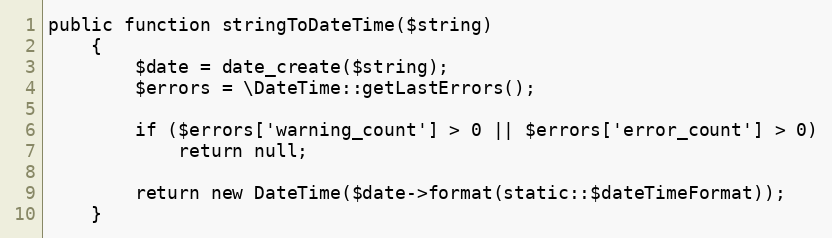
Language: PHP
public function stringToDateTime($string)
	{
		$date = date_create($string);
		$errors = \DateTime::getLastErrors();

		if ($errors['warning_count'] > 0 || $errors['error_count'] > 0)
			return null;

		return new DateTime($date->format(static::$dateTimeFormat));
	}